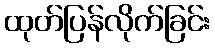
ထုတ်ပြန်လိုက်ခြင်း